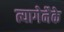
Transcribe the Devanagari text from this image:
त्यागेनैके